Trukikaitis_Postimees, lk 169
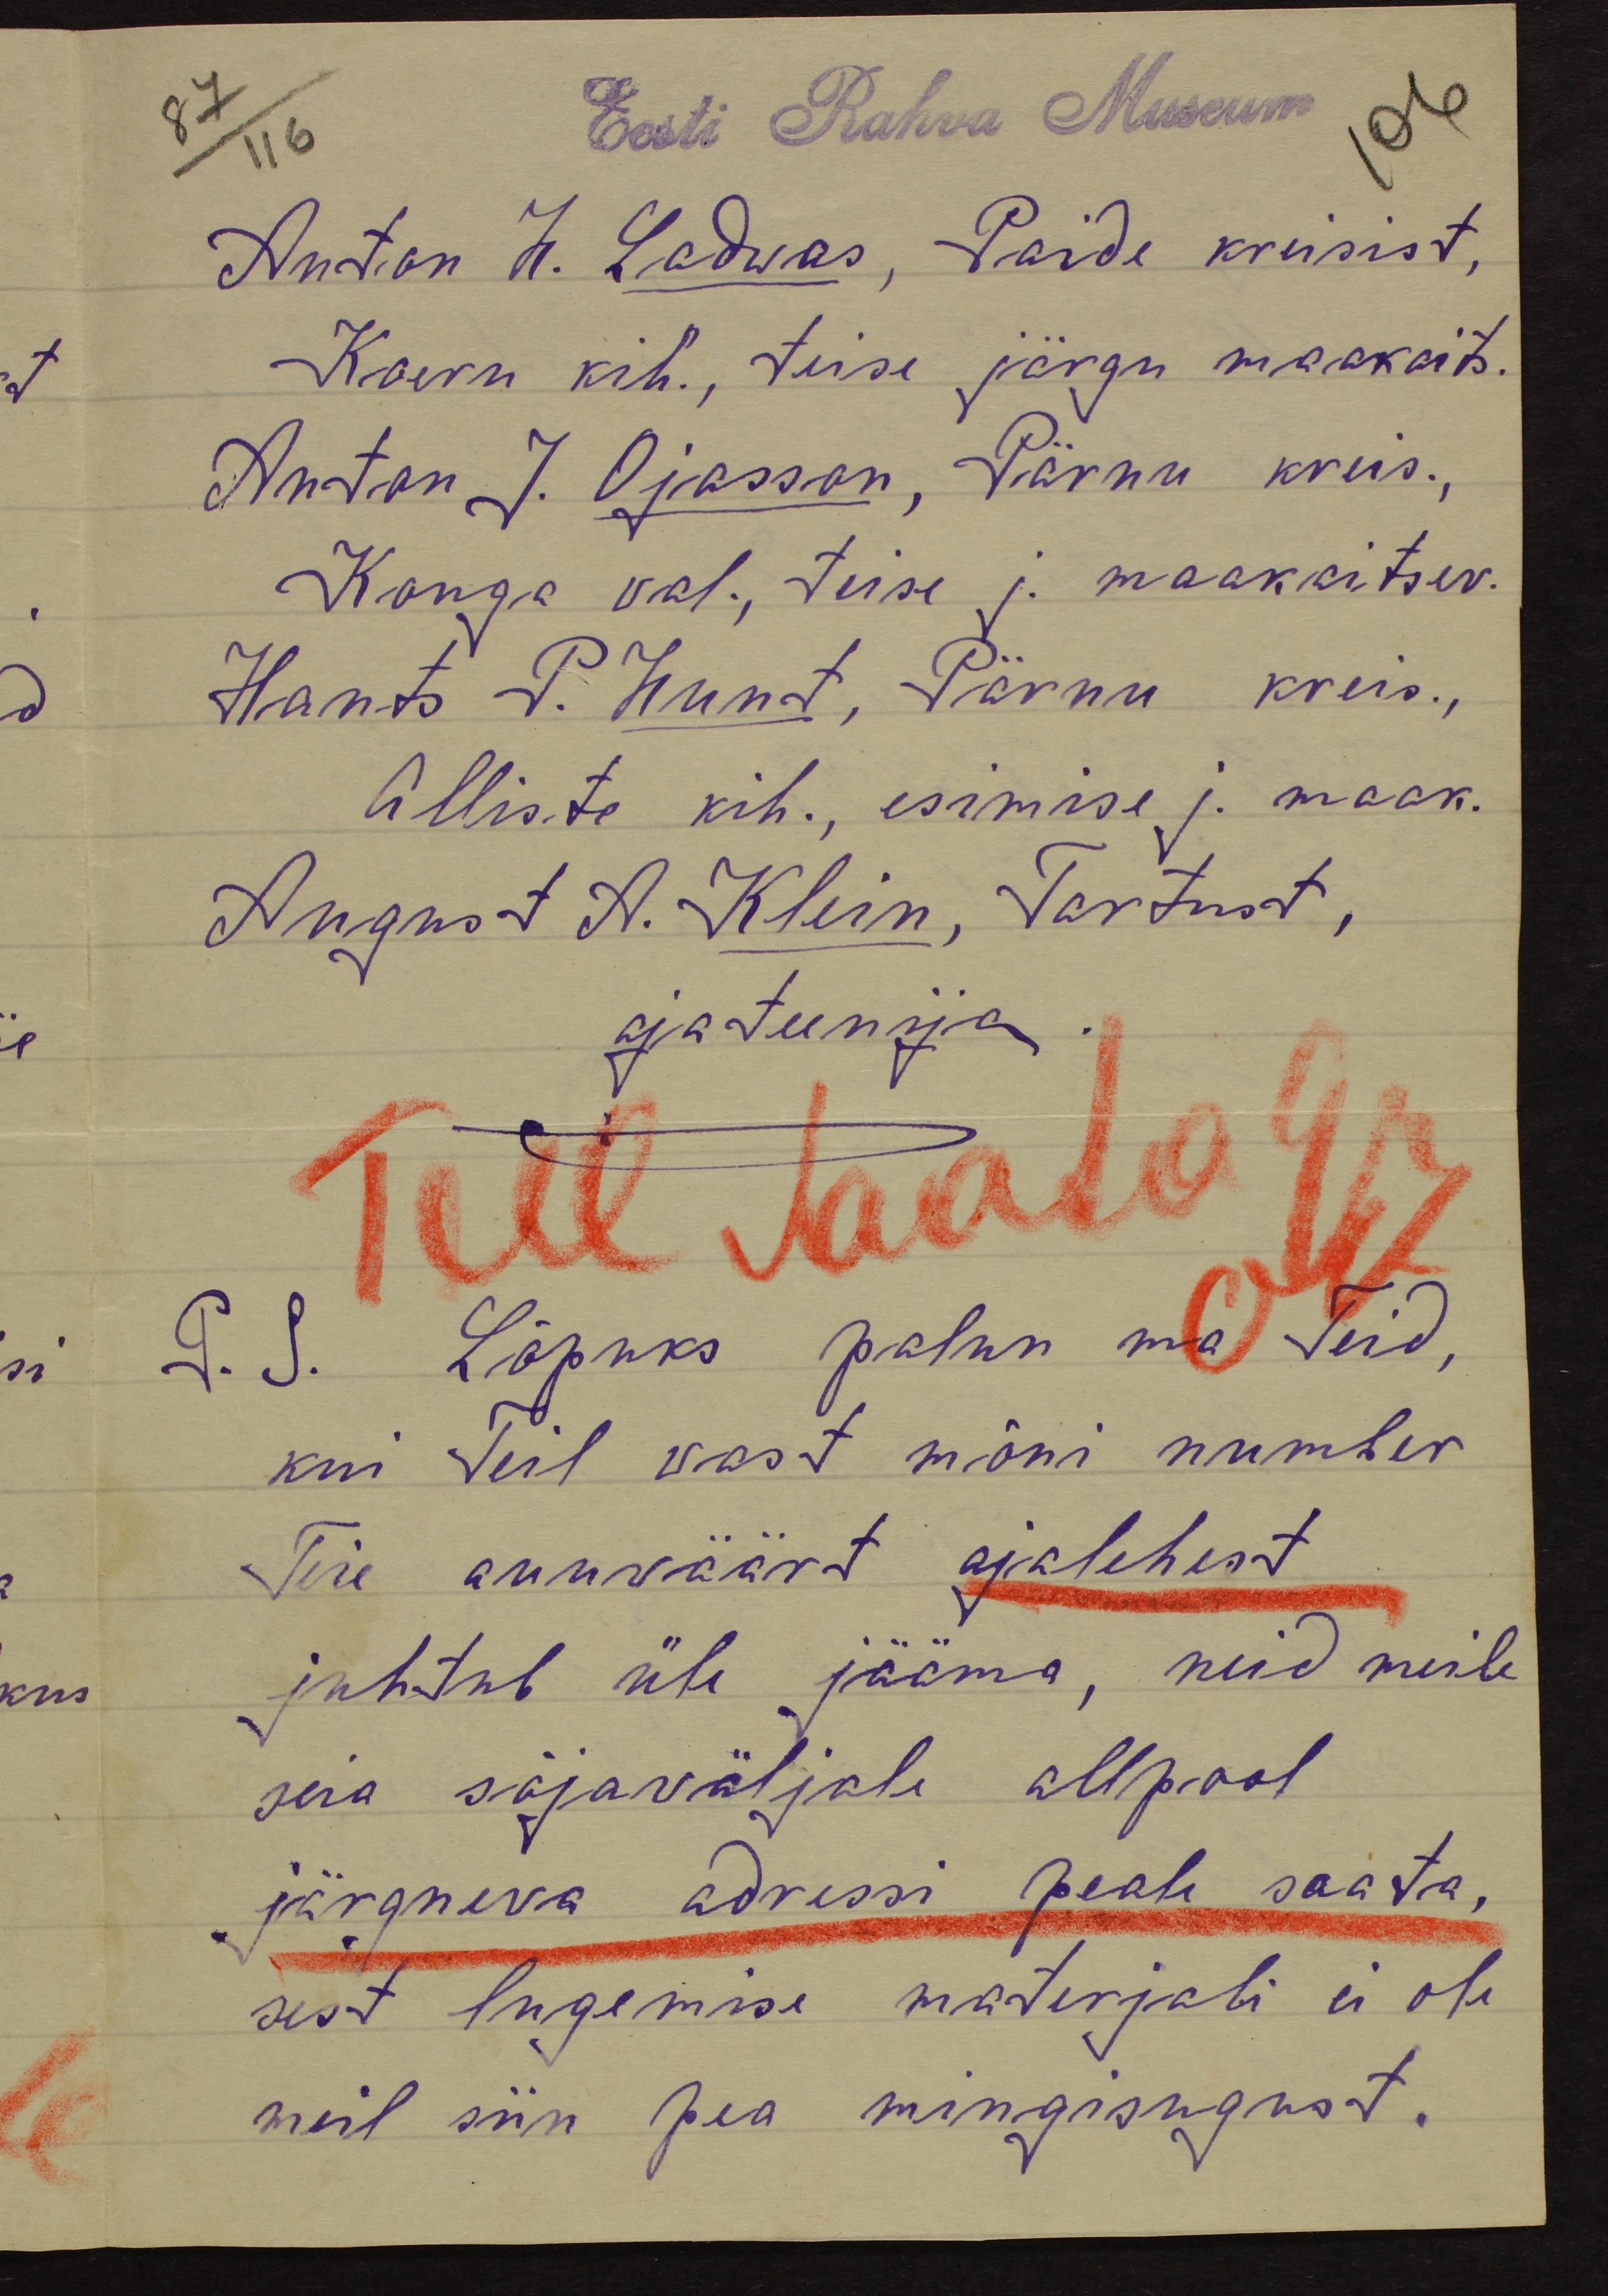
87 /116
Eesti Rahva Museum
106
Anton H. Ladwas, Paide kreisist,
Koeru kih., teise järgu maakaits.
Anton J. Ojasson, Pärnu kreis,
Konga val., Teise j. maakaitsev.
Hants P. Hunt, Pärnu kreis.,
Allis te kih., esimise j. maak.
August A. Klein, Tartust,
ajateenija.
Teel Jaata 917
P. S. Lõpuks palun ma Teid,
kui Teil vast mõni number
Teie auuväärt ajalehest
juhtub üle jääma, neid meile
siia sõjaväljale allpool
järgneva adressi peale saata,
sest lugemise materjali ei ole
neil siin pea mingisugust.